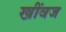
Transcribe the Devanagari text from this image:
खींवज